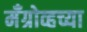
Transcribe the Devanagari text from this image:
मँग्रोव्हच्या